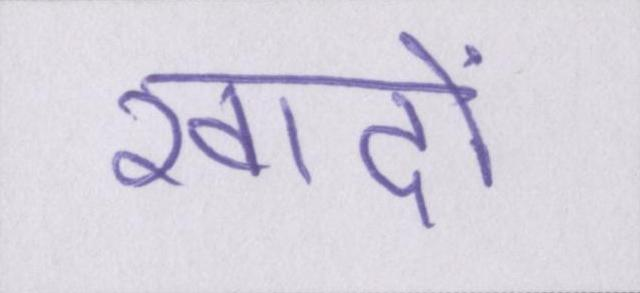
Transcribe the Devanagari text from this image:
खादों